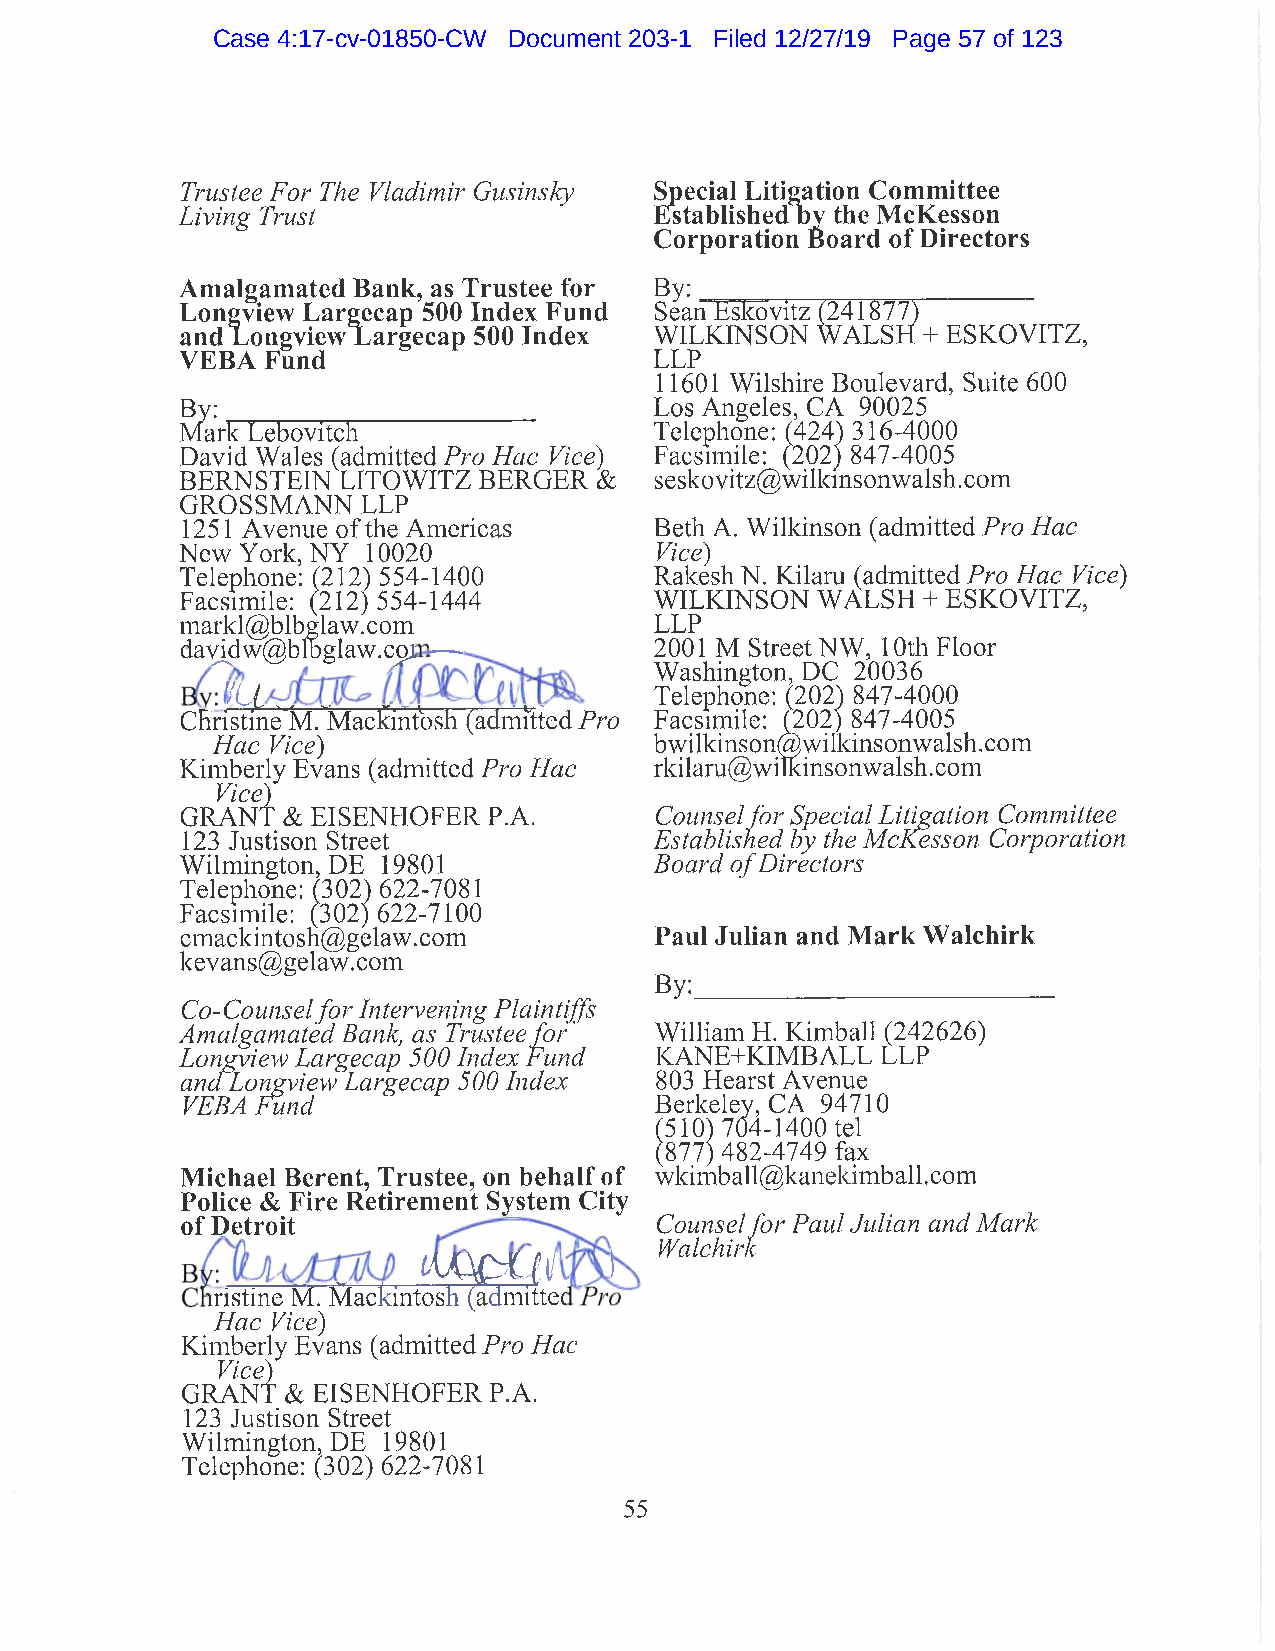
Case 4:17-cv-01850-CW Document 203-1 Filed 12/27/19 Page 57 of 123
 Trustee For The Vladimir Gusinsky fecial Litigation Committee
 Living Trust                   Established DV the McKesson
 Corporation Board of Directors
 Amalgamated Bank, as Trustee for By:
 Longview Largecap 500 Index Fund Sean Eskovitz (241877)
 and Longview Largecap 500 Index WILKINSON WALSH+-  ESKOVITZ,
 VEBA  Fund                     LLP
 11601 Wilshire Boulevard, Suite 600
 Los Angeles, CA 90025
 Mark Lebovitch                 Telephone: (424) 316-4000
 David Wales (admitted Pro Hac Vice) Facsimile: (202) 847-4005
 BERNSTEIN LITOWITZ  BERGER  &  seskovitz@wilkmsonwalsh.com
 GROSSMANN   LLP
 1251 Avenue of the Americas    Beth A. Wilkinson (admitted Pro Hac
 New York, NY 10020             Vice)
 Telephone: (212) 554-1400      Rakesh N. Kilam (admitted Pro Hac Vice)
 Facsimile: (212) 554-1444      WILKINSON  WALSH  + ESKOVITZ,
 markl@blbglaw.com              LLP
 davidw@blbglaw.ciM             2001 M Street NW, 10th Floor
 Washington, DC 20036
 Telephone: (202) 847-4000
 Christine M. Mackintosh (admitted Pro Facsimile: Q02) 847-4005
 Hac Vice)                    bwilkinson@wilkinsonwalsh.com
 Kimberly Evans (admitted Pro Hac rkilaru@wilkinsonwalsh.com
 Vice)
 GRANT  & EISENHOFER P.A.       Counsel for Special Litigation Committee
 123 Justison Street            Established by the McKesson Corporation
 Wilmington, DE 19801           Board of Directors
 Telephone: (302) 622-7081
 Facsimile: (302) 622-7100
 cmackintosh@gelaw.com          Paul Julian and Mark Walchirk
 kevans@gelaw.com
 By:__________________________
 Co-Counsel for Intervening Plaintiffs
 Amalgamated Bank, as Trustee far William H. Kimball (242626)
 Longview Largecap 500 Index Fund KANE+KIMBALL LLP
 ana Longview Largecap 500 Index 803 Hearst Avenue
 VEBA Hand                      Berkeley, CA 94710
 (510) 704-1400 tel
 (877) 482-4749 fax
 Michael Berent, Trustee, on behalf of wkimball@kanekimball.com
 Police & Fire Retirement System City
 of Detroit                     Counsel for Paul Julian and Mark
 Walchirk
 iristine M. Mackintosh (admittec
 Hac Vice)
 Kimberly Evans (admitted Pro Hac
 Vice)
 GRANT  & EISENHOFER P.A.
 123 Justison Street
 Wilmington, DE 19801
 Telephone: (302) 622-7081
 55